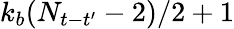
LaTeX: k_{b}(N_{t-t^{\prime}}-2)/2+1